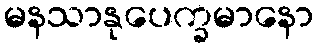
မနသာနုပေက္ခမာနော